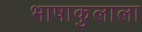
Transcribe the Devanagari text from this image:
भाषाकुलाला